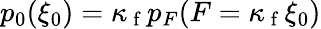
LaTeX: p_{0}(\xi_{0})=\kappa_{\mathrm{~f~}}p_{F}(F=\kappa_{\mathrm{~f~}}\xi_{0})